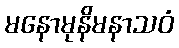
မနောမုနိမနာသဝံ